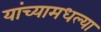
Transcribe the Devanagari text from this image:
यांच्यामधल्या